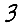
Digit: 3